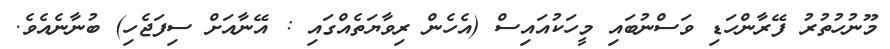
މޫނުހުތުރު ފޭރާންހަޑި ވަސްނުބައި މީހަކުއައިސް (އެހެން ރިވާޔަތެއްގައި : އޭނާއަށް ސިފަޖެހި) ބުނާނެއެވެ.